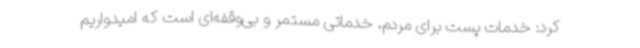
کرد: خدمات پست برای مردم، خدماتی مستمر و بی‌وقفه‌ای است که امیدواریم